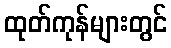
ထုတ်ကုန်များတွင်